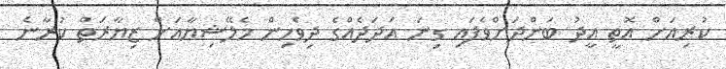
ކުރިއަށް އޮތީ އީދު ބަންދަށްވެފައި ގިނަ އަދަދެއްގެ ދިވެހިން މެލޭޝިޔާއަށް ޒިޔާރަތް ކުރާނެ